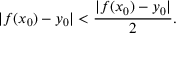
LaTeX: | f ( x _ { 0 } ) - y _ { 0 } | < { \frac { | f ( x _ { 0 } ) - y _ { 0 } | } { 2 } } .